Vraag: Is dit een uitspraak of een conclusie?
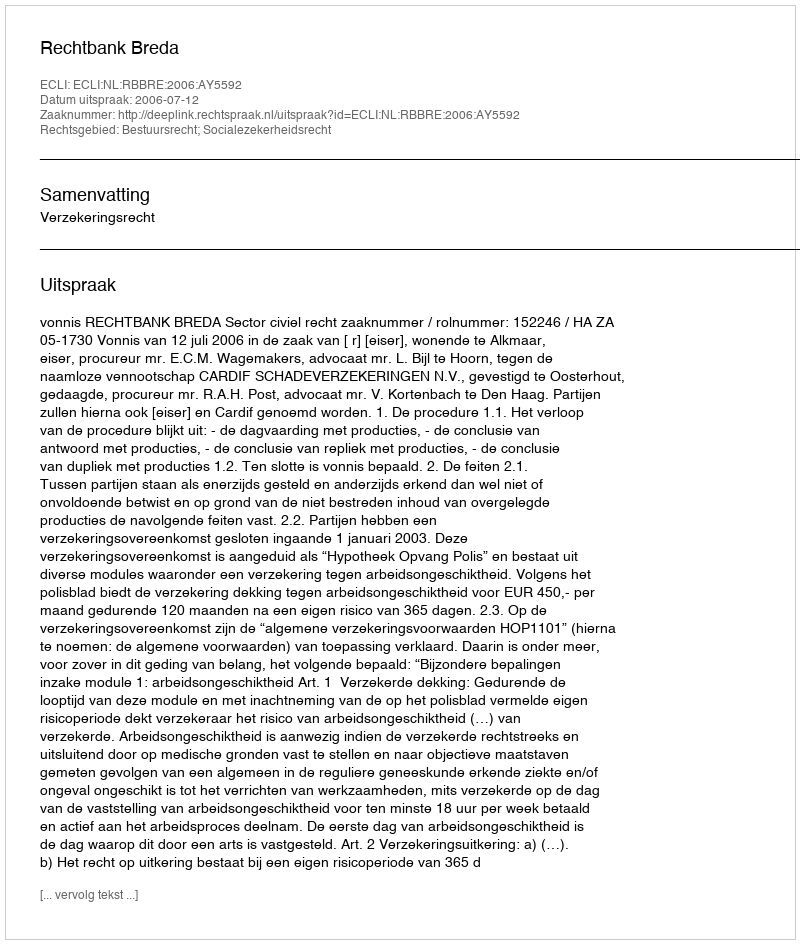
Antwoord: Uitspraak